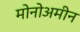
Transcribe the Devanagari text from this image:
मोनोअमीन